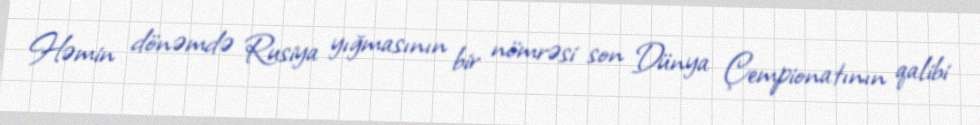
Həmin dönəmdə Rusiya yığmasının bir nömrəsi son Dünya Çempionatının qalibi